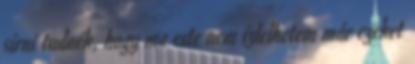
sírni tudnék, hogy ma este nem ízlelhetem már ezeket